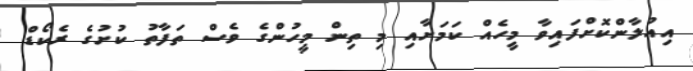
އިއުލާންކޮށްފައިވާ މީހެއް ކަމަށާއި މި ތިން މީހުންގެ ވެސް ތަފާތު ކުށުގެ ރެކޯޑް